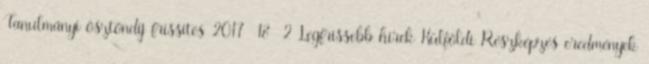
Tanulmányi ösztöndíj frissítés 2017 18 2 Legfrissebb hírek Külföldi Részképzés eredmények